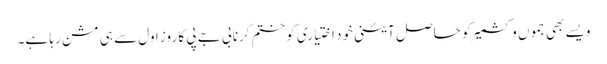
ویسے بھی جموں وکشمیر کو حاصل آئینی خود اختیاری کو ختم کرنا بی جے پی کا روز اول سے ہی مشن رہا ہے۔